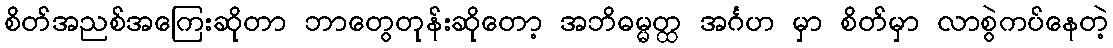
စိတ်အညစ်အကြေးဆိုတာ ဘာတွေတုန်းဆိုတော့ အဘိဓမ္မတ္ထ အင်္ဂဟ မှာ စိတ်မှာ လာစွဲကပ်နေတဲ့